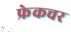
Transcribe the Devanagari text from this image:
फ्रेकचर